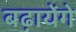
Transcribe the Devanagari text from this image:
बढ़ायेंगे